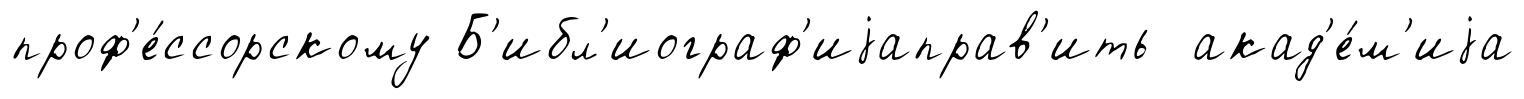
проф'е́ссорскому Б'ибл'иограф'иjаправ'ить акад'е́м'иjа